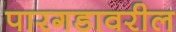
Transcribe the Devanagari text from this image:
पारगडावरील